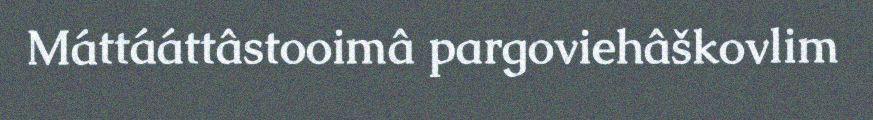
Máttááttâstooimâ pargoviehâškovlim